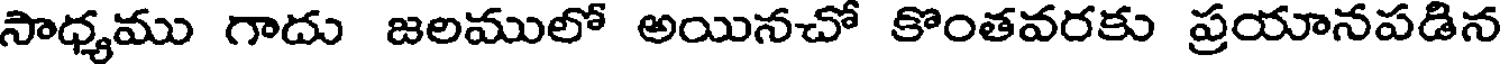
సాధ్యము గాదు జలములో అయినచో కొంతవరకు ప్రయానపడిన